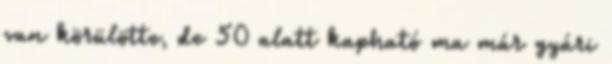
van körülötte, de 50 alatt kapható ma már gyári